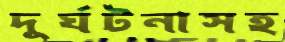
দুর্ঘটনাসহ